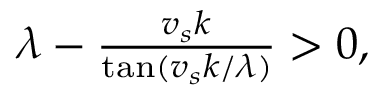
\begin{array} { r } { \lambda - \frac { v _ { s } k } { \tan ( v _ { s } k / \lambda ) } > 0 , } \end{array}